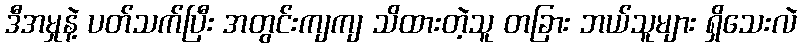
ဒီအမှုနဲ့ ပတ်သက်ပြီး အတွင်းကျကျ သိထားတဲ့သူ တခြား ဘယ်သူများ ရှိသေးလဲ